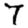
Digit: 7